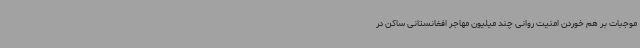
موجبات بر هم خوردن امنیت روانی چند میلیون مهاجر افغانستانی ساکن در